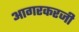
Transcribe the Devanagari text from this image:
आगरकरजी